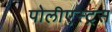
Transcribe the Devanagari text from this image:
पोलीएस्ट्रस